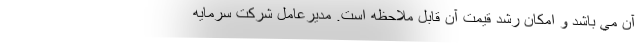
آن مي باشد و امكان رشد قيمت آن قابل ملاحظه است. مديرعامل شركت سرمايه